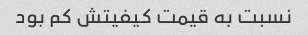
نسبت به قیمت کیفیتش کم بود